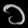
Digit: ၁